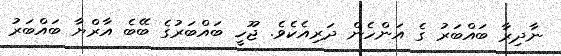
ނާދިރާ ބައްބަރު ގެ އަންހެން ދަރިއެކެވެ. ޖޫހީ ބަައްބަރުގެ ބޭބެ އާރްޔާ ބައްބަރު